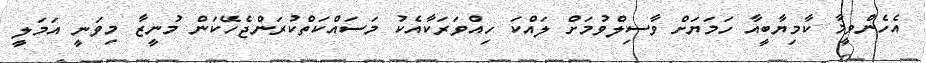
އެހެންވީމާ ކާމިޔާބީއާ ހަމަޔަށް ވާސިލްވުމަށް ލައްކަ ހިއްވަރަކާއެކު މަސައްކަތްކުރަންޖެހޭކަން މުނީޒާ މިވަނީ އަަމަލީ